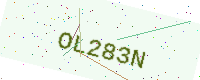
Text: OL283N